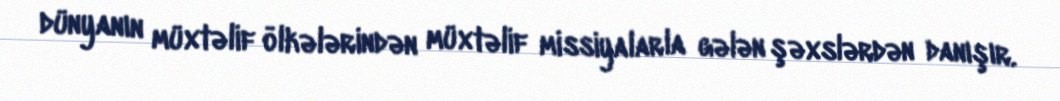
dünyanın müxtəlif ölkələrindən müxtəlif missiyalarla gələn şəxslərdən danışır.